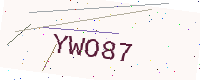
Text: YWO87